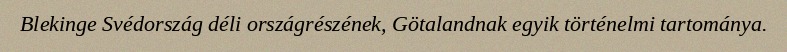
Blekinge Svédország déli országrészének, Götalandnak egyik történelmi tartománya.